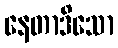
နေတာဒိသော